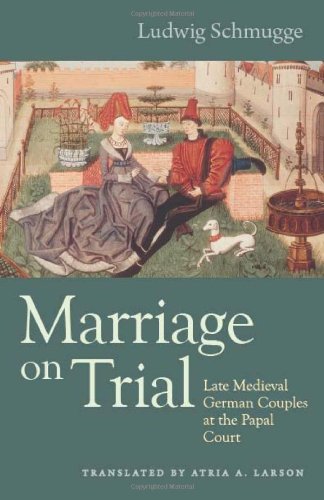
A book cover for Marriage on Trial: Late Medieval German Couples at the Papal Court (Studies in medieval and early modern canon law, Vol. 10); Ludwig Schmugge; Law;